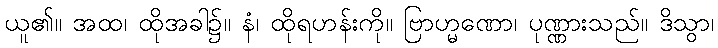
ယူ၏။ အထ၊ ထိုအခါ၌။ နံ၊ ထိုရဟန်းကို။ ဗြာဟ္မဏော၊ ပုဏ္ဏားသည်။ ဒိသွာ၊